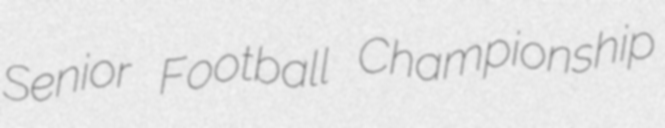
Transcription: Senior Football Championship